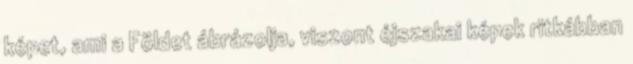
képet, ami a Földet ábrázolja, viszont éjszakai képek ritkábban